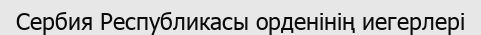
Сербия Республикасы орденінің иегерлері